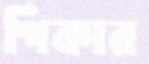
পিকার